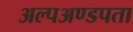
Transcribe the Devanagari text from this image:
अल्पअण्डपता